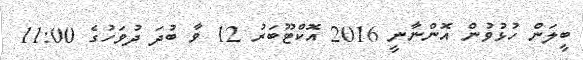
ބީލަން ހުޅުވުން އޮންނާނީ 2016 އޮކްޓޫބަރު 12 ވާ ބުދަ ދުވަހުގެ 11:00